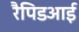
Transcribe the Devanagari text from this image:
रैपिडआई